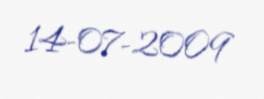
14-07-2009